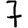
Digit: 7